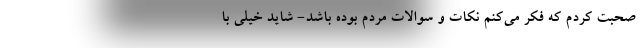
صحبت کردم که فکر می‌کنم نکات و سوالات مردم بوده باشد- شاید خیلی با